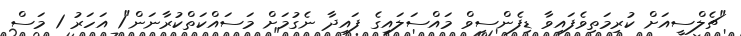
"ޗެލްސީއަށް ކުރިމަތިވެފައިވާ ޑިފެންސިވް މައްސަލައިގެ ފައިދާ ނެގުމަށް މަސައްކަތްކުރާނަން"1 އަހަރު 1 މަސް